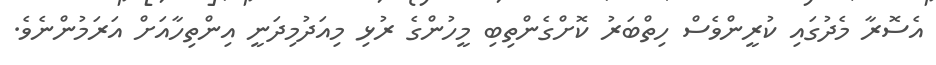
އެސޮރާ މެދުގައި ކުރީންވެސް ހިތްބަރު ކޮށްގެންތިބި މީހުންގެ ރުޅި މިއަދުމިދަނީ އިންތިހާއަށް އަރަމުންނެވެ.